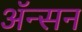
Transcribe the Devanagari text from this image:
ॲन्सन